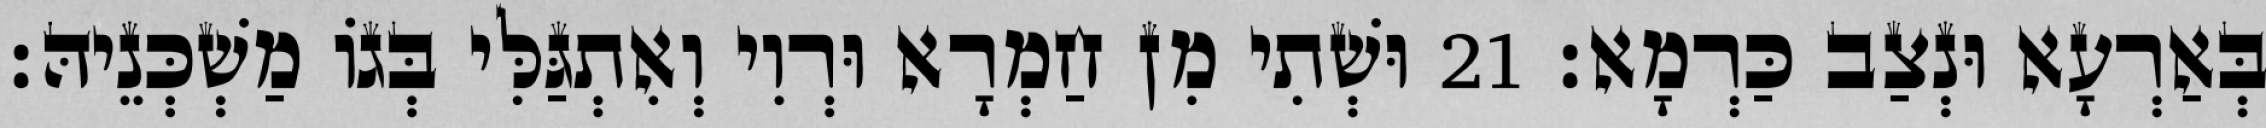
בְּאַרְעָא וּנְצַב כַּרְמָא׃ 21 וּשְׁתִי מִן חַמְרָא וּרְוִי וְאִתְגַּלִּי בְּגוֹ מַשְׁכְּנֵיהּ׃